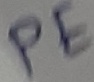
Text: PE